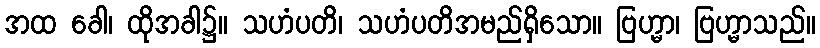
အထ ခေါ၊ ထိုအခါ၌။ သဟံပတိ၊ သဟံပတိအမည်ရှိသော။ ဗြဟ္မာ၊ ဗြဟ္မာသည်။